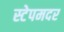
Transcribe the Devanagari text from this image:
स्टेपमदर